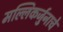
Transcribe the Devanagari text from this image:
मल्लिकर्जुनाचे